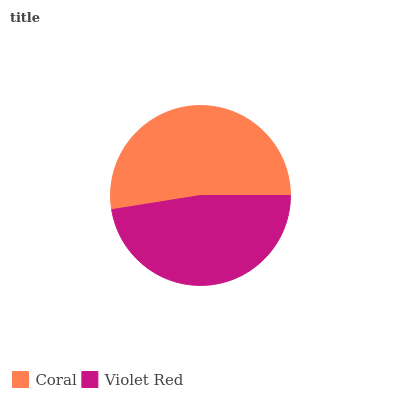
| Coral | Violet Red |
 | --- | --- |
 | 52.5% | 47.5% |